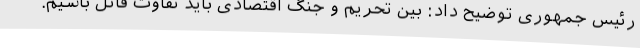
رئیس جمهوری توضیح داد: بین تحریم و جنگ اقتصادی باید تفاوت قائل باشیم.